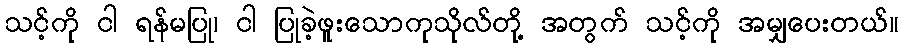
သင့်ကို ငါ ရန်မပြု၊ ငါ ပြုခဲ့ဖူးသောကုသိုလ်တို့ အတွက် သင့်ကို အမျှပေးတယ်။